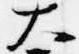
大